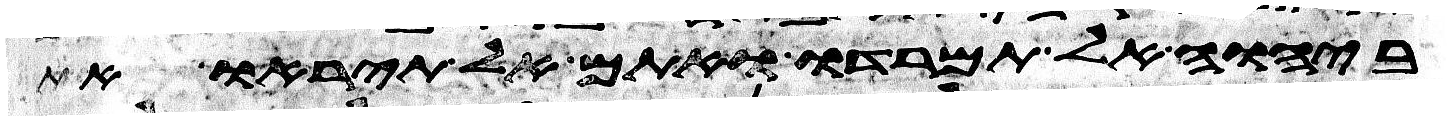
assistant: ביהוה אל תמרדו ואתם אל תיראו את